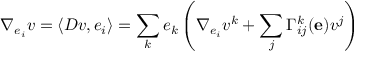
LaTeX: \nabla _ { e _ { i } } v = \langle D v , e _ { i } \rangle = \sum _ { k } e _ { k } \left( \nabla _ { e _ { i } } v ^ { k } + \sum _ { j } \Gamma _ { i j } ^ { k } ( \mathbf { e } ) v ^ { j } \right)